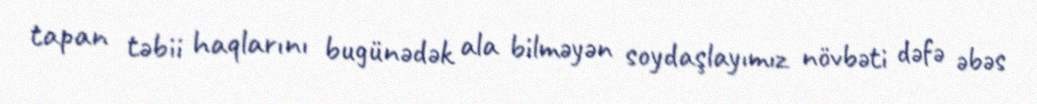
tapan təbii haqlarını bugünədək ala bilməyən soydaşlayımız növbəti dəfə əbəs